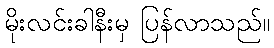
မိုးလင်းခါနီးမှ ပြန်လာသည်။